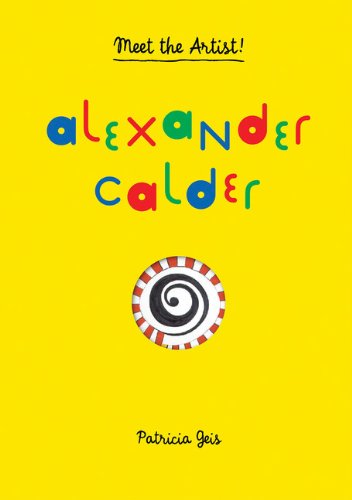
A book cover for Alexander Calder: Meet the Artist; Patricia Geis; Children's Books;